Vaccination in the Punjab 1883-1896 - 1883-1896
Year: 1883
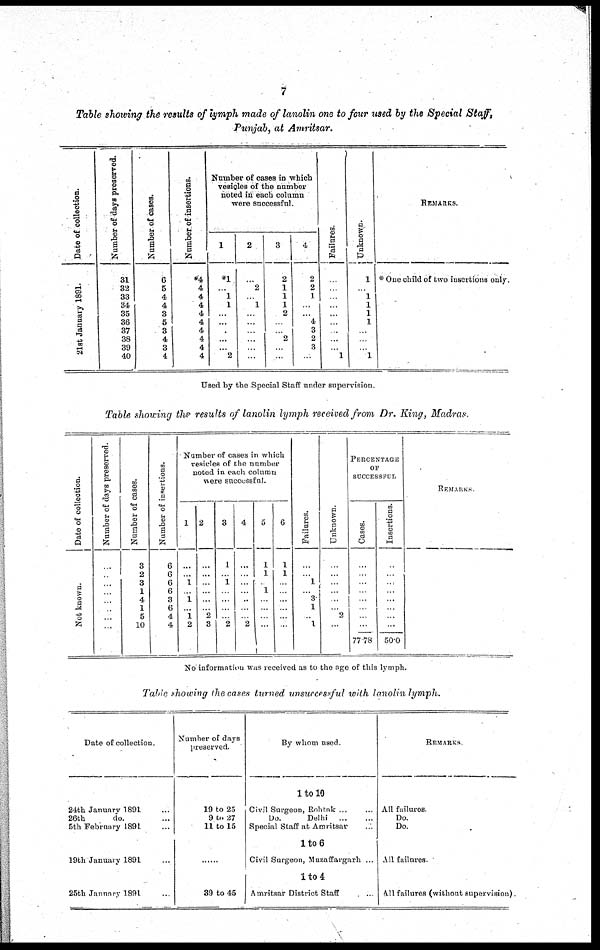
7
Table showing the results of lymph made of lanolin one to four used by the Special Staff,
Punjab, at Amritsar.
Date of collection.
21st January 1891.
Number of days preserved.
31
32
33
34
35
36
37
38
39
40
Number of cases.
6
5
4
4
3
5
3
4
3
4
Number of insertions.
*4
4
4
4
4
4
4
4
4
4
Number of cases in which
vesicles of the number
noted in each column
were successful.
1
*1
...
1
1
...
...
...
...
...
2
2
...
2
... 1
...
...
...
...
...
...
3
2
1
1
1
2
...
...
2
...
...
4
2
2
1
...
...
4
3
2
3
...
Failures.
...
...
... ...
...
...
...
...
...
1
Unknown.
1
...
1
1
1
1
...
...
...
1
REMARKS.
* One child of two insertions only.
Used by the Special Staff under supervision.
Table showing the results of lanolin lymph received from Dr. King, Madras.
Date of collection.
Not known.
Number of days preserved.
...
...
...
...
...
...
...
...
Number of cases.
3
2
3
1
4
1
5
10
Number of insertions.
6
6
6
6
3
6
4
4
Number of cases in which
vesicles of the number
noted in each column
were successful.
1
...
...
1
...
1
... 1
2
2
...
...
...
...
...
... 2
3
3
1
...
1
...
...
...
...
2
4
...
...
...
...
...
...
...
2
5
1
1
...
1
...
...
...
...
6
1
1
...
...
...
...
...
...
Failures.
...
...
1
...
3
1
...
1
Unknown.
...
...
...
...
...
... 2
...
PERCENTAGE
OF
SUCCESSFUL
Cases.
...
...
...
...
...
...
...
...
77 78
Insertions.
...
...
...
...
...
...
...
...
50.0
REMARK..
No information was received as to the age of this lymph.
Table showing the cases turned unsuccessful with lanolin lymph.
Date of collection.
24th January 1891
26th
do.
5th February 1891
19th January 1891
25th January 1891
Number of days
preserved.
19 to 25
9 to 27
11 to 15
... ...
39 to 45
By whom used.
1 to 10
Civil Surgeon, Rohtak ... ...
Do.
Delhi
...
...
Special Staff at Amritsar ... ...
1 to 6
Civil Surgeon, Muzaffargarh ... ...
1 to 4
Amritsar District Staff ... ...
REMARKS.
All failures.
Do.
Do.
All failures
All failures (without supervision).